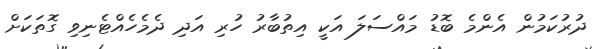
ދުރުކަމުން އެންމެ ބޮޑު މައްސަލަ އަކީ އިތުބާރު ހުރި އަދި ދެމެހެއްޓެނިވި ގޮތަކަށް